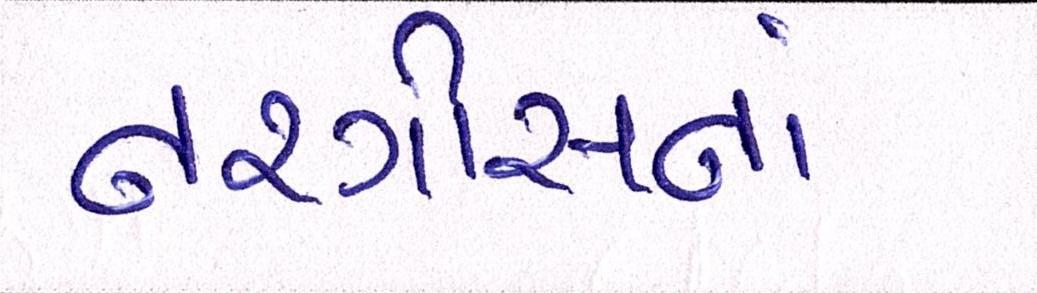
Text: નરગીસનાં